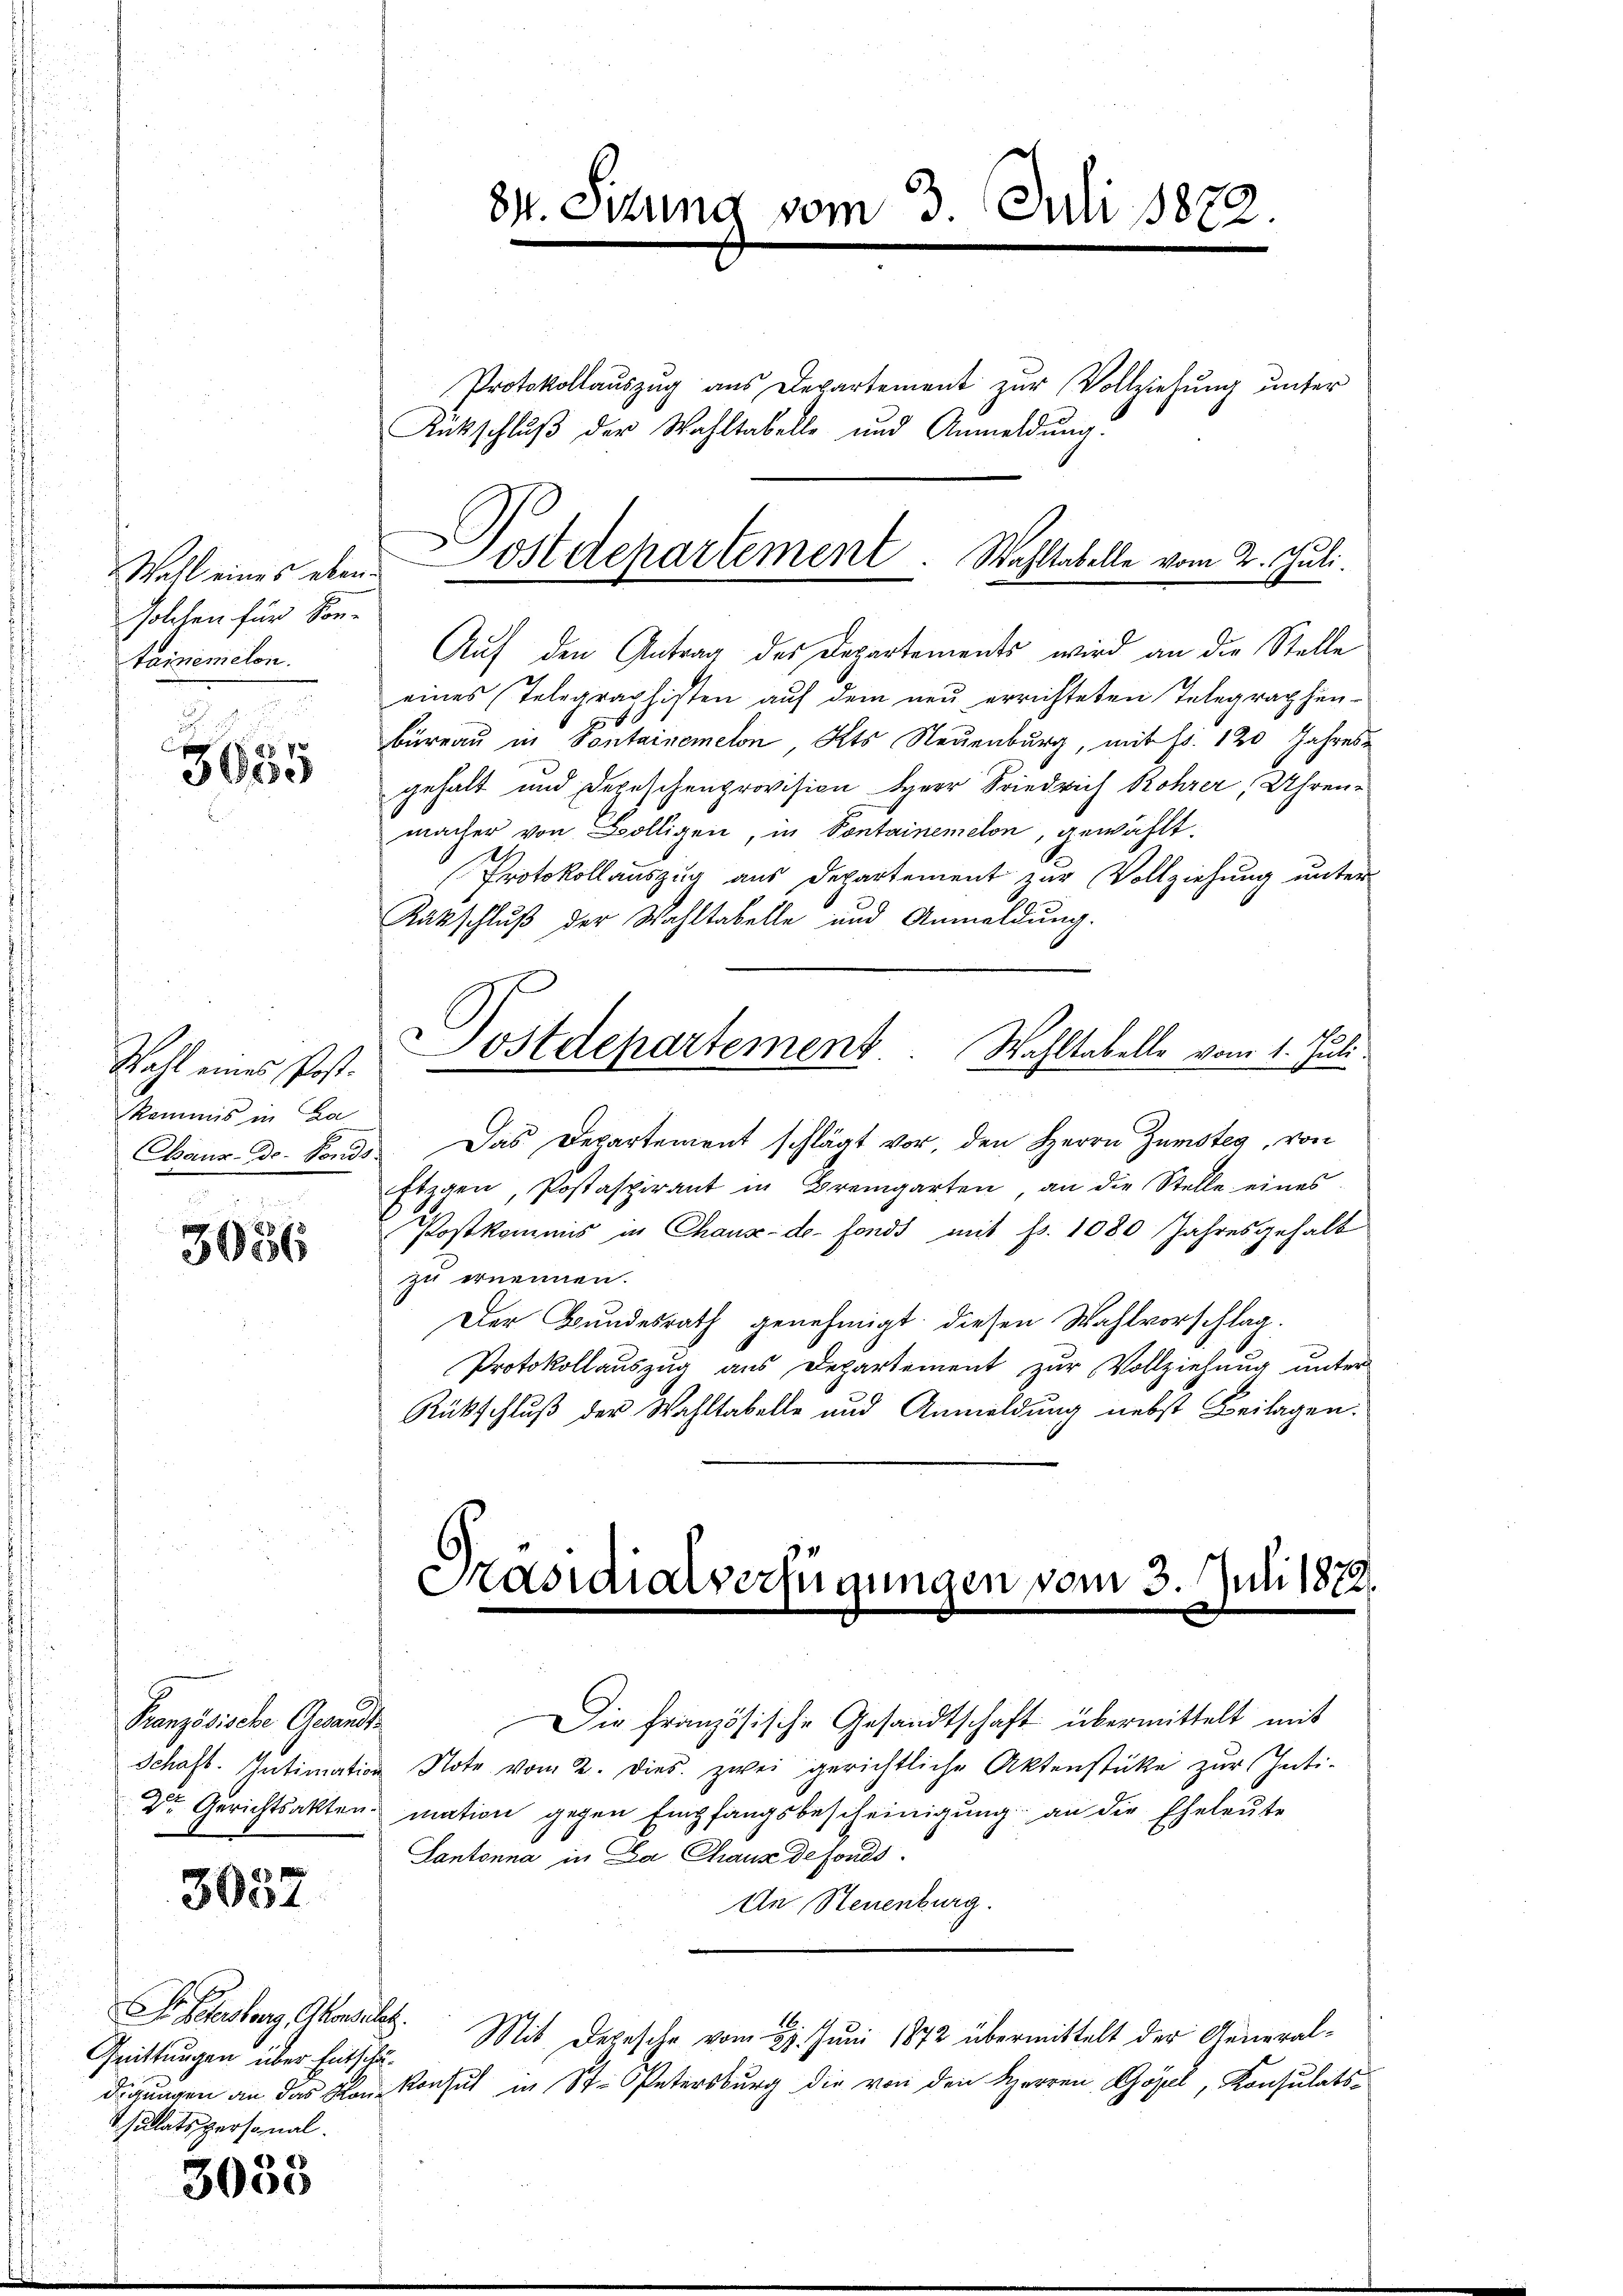
Wahl eines eben.
solchen für Sonn-
tainemelon.

2
3000

Wahl eines Post
Kommis in Ba

3056

Französische Gesandte
Schaft. Intimation
2ten Gerichtsakten.

3032

Sr Gasberg Ghonsiles.
Grittungen über Entschäsulatspersonal

.
3000

Auf den Antrag des Departements wird an die Stelle
eines Telegraphisten aŭf dem neŭ errichteten Telegraphen-
Büreau in Pontainemelon Kts Neuenburg, mit Fr. 120 Jahresgehalt und Depeschenprovision Herr Friedrich Rohrer, Uhren-
macher von Bölligen, in Sontainemelon, gewählt.
Protokollauszug aus Departement zur Vollziehung unter
Rütschluß der Wahltabelle und Anmeldung.
Dostdepartement. Wahltabelle vom 1. Juli.
Chaux- Dr. Haŭs Das Departement schlägt vor, den Herrn Zünsteg, von
Etzgen, Postaspirant in Bremgarten an die Stelle eines
Postkommis in Chause de fonds mit p. 1080 Jahresgehalt
zu ernennen.
Der Bundesrath genehmigt; diesen Wahlvorschlag.
Protokollauszug aus Departement zur Vollziehung unter
Rückschluß der Wahltabelle und Anmeldung nebst Beilagen:

Dr. Sitzung vom 3. Juli 1872.

Protokollaŭszŭg aŭs Departement zŭr Vollziehŭng ŭnter
Rückschlŭβ der Wahltabelle und Anmeldŭng:

Postdepartement. Wahltabelle vom 2. Juli.

Präsidialverfügungen vom 3. Juli 1872.
|

Die Französische Gesandtschaft übermittelt mit
u Note vom 2. Dies zwei gerichtliche Aktenstüke zŭr Inti-
mation gegen Empfangsbescheinigung an die Eheleute
Lantonna in Da Chaus defonds.
An Steuenburg.
Mit Depesche vom 21. Juni 1872 übermittelt der Generaldigungen an das von Konsul in St. Petersburg die von den Herren Gösel, Konsulats-